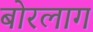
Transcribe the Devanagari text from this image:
बोरलाग